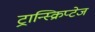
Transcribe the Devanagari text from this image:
ट्रान्स्क्रिप्टेज